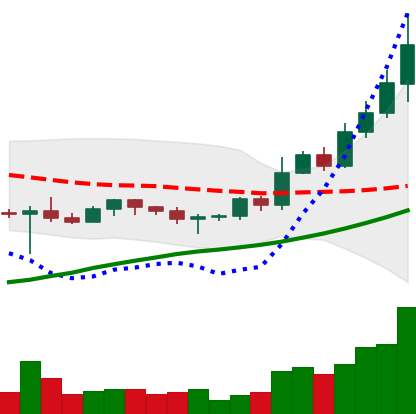
Ticker: BNB-USD
Chart end date: 2022-10-31
Forward return: 7.015%
Label: up_7plus